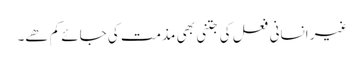
غیر انسانی فعل کی جتنی بھی مذمت کی جائے کم ھے۔